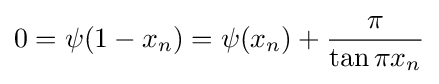
0=\psi (1-x_{n})=\psi (x_{n})+{\frac {\pi }{\tan \pi x_{n}}}